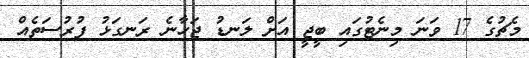
މެޗުގެ 17 ވަނަ މިނެޓުގައި ބީޖީ އަށް ލަނޑު ޖަހާނެ ރަނގަޅު ފުރުސަތެއް